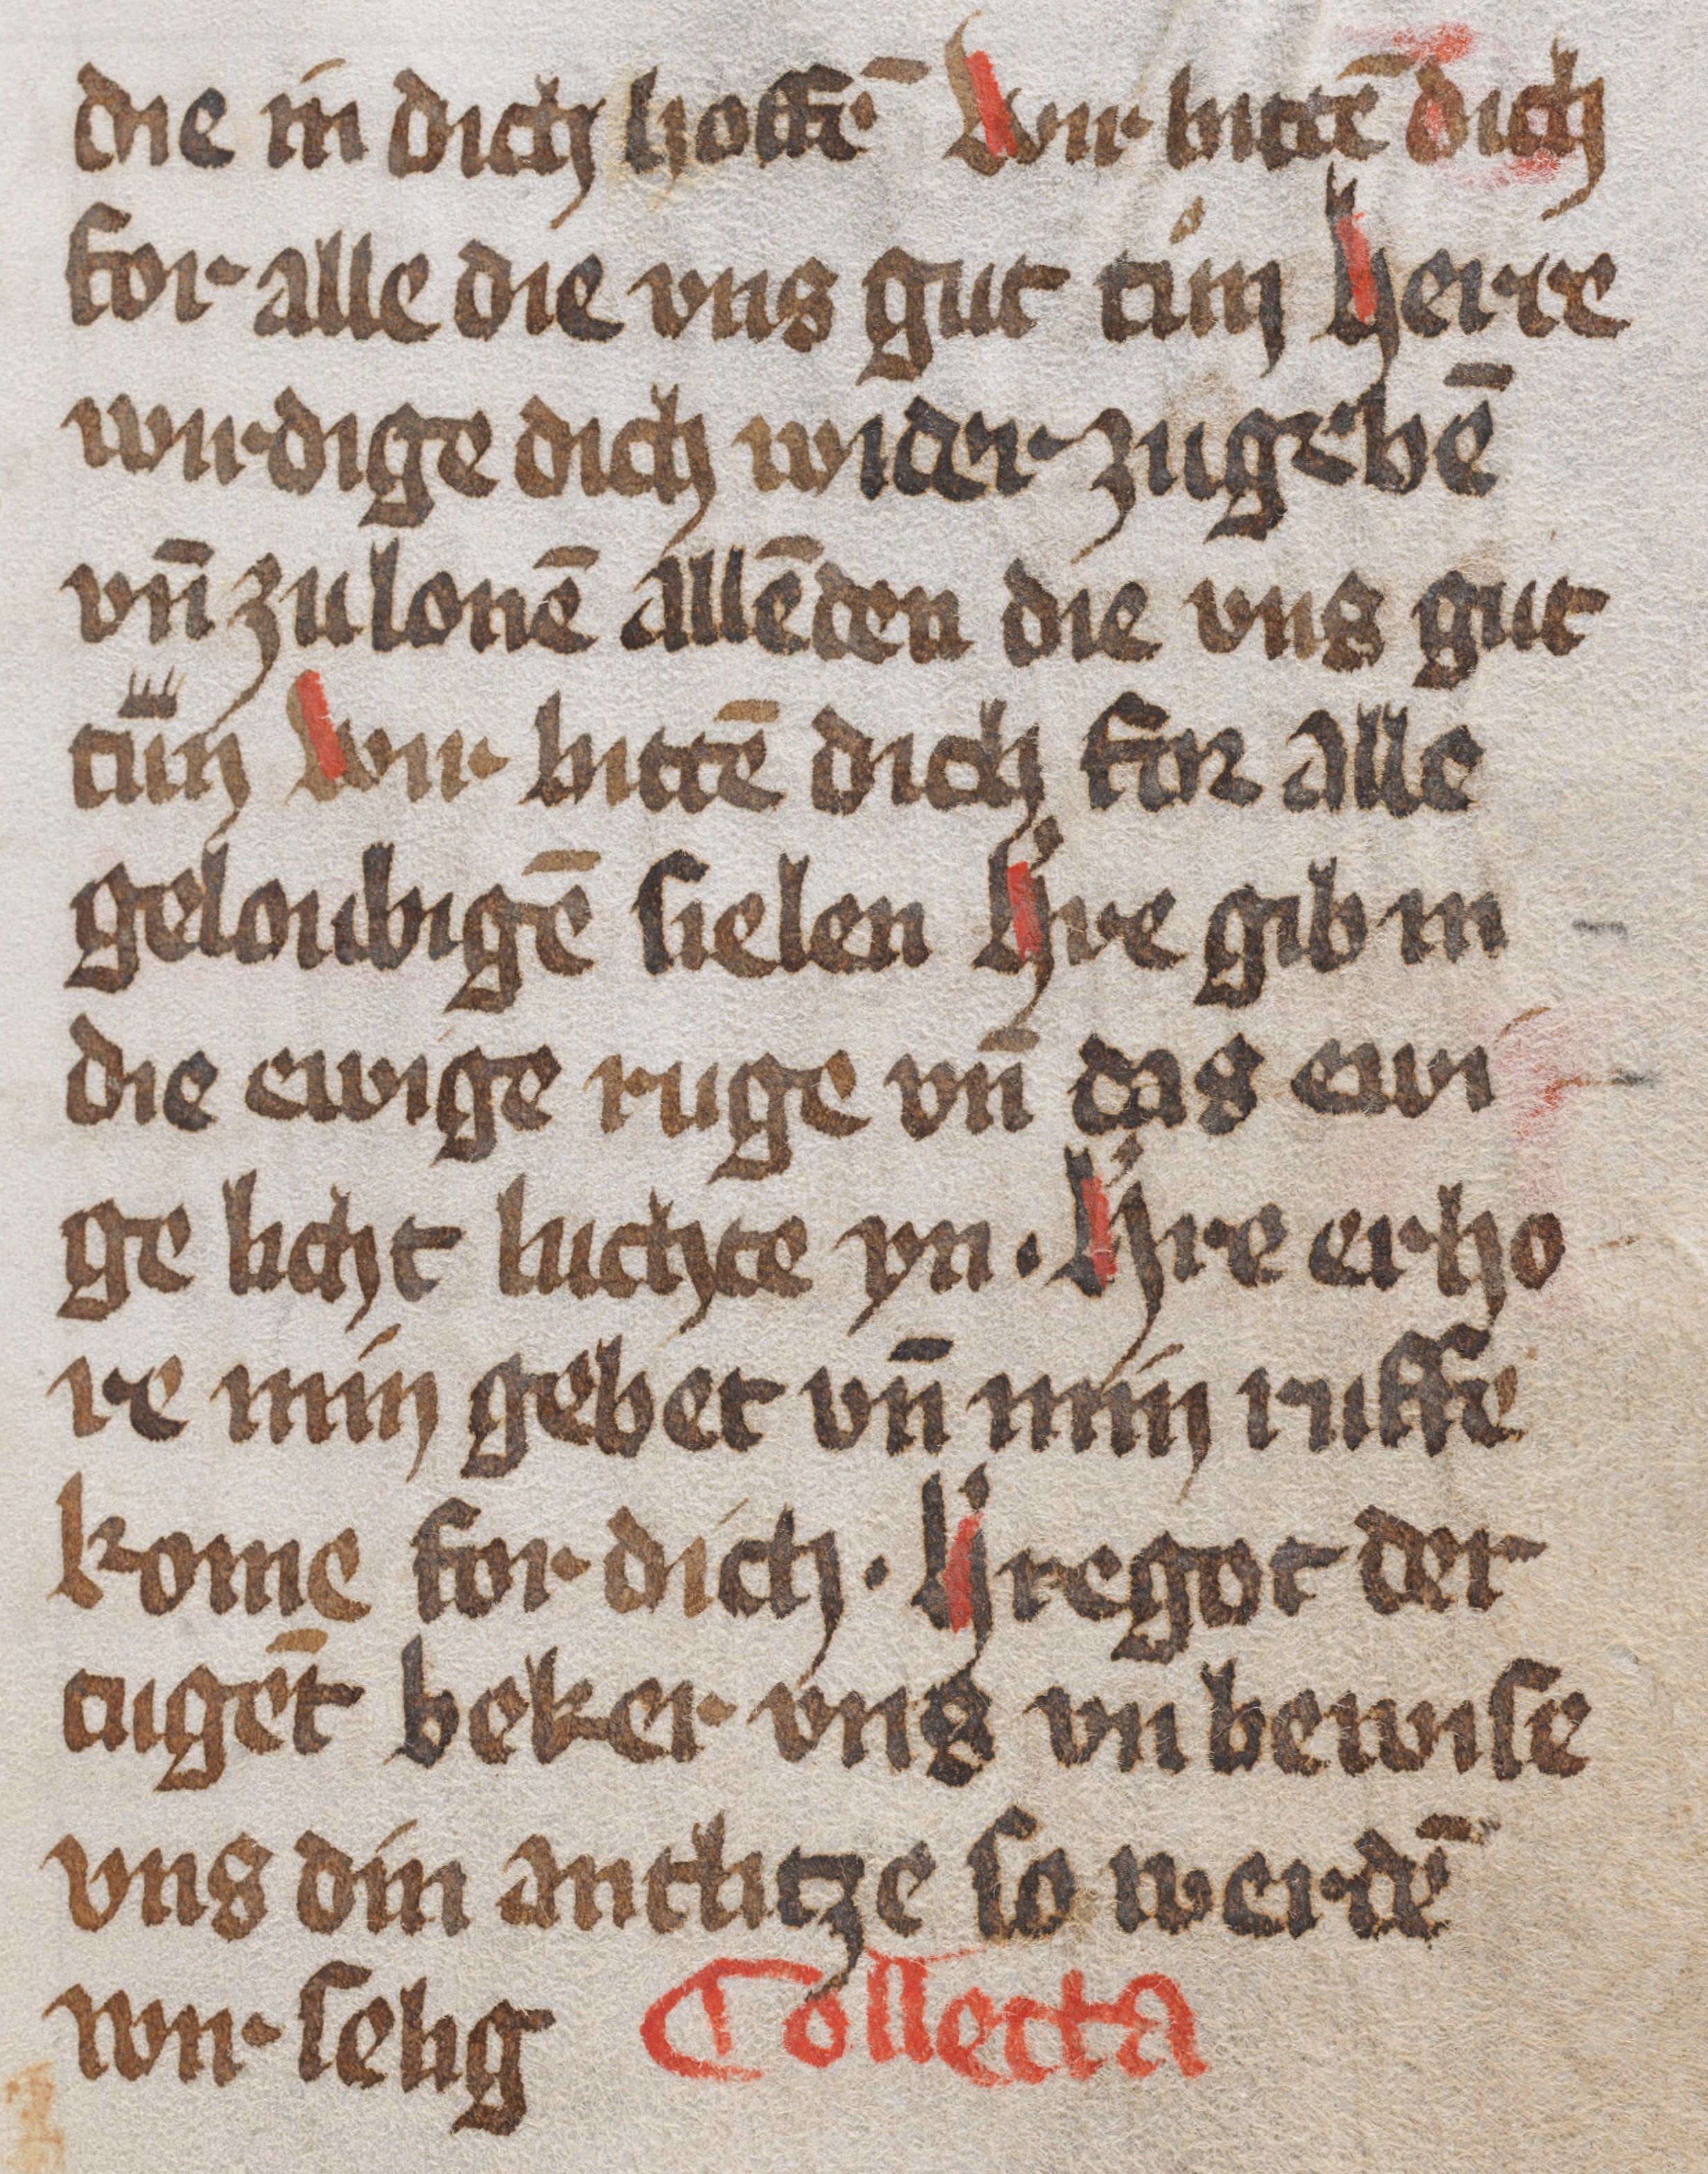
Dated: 1450–1499